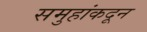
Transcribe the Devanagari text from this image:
समुहांकदून